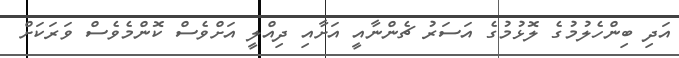
އަދި ބިންހެލުމުގެ ލޮޅުމުގެ އަސަރު ޗެންނާއީ އަށާއި ދިއްލީ އަށްވެސް ކޮންމެވެސް ވަރަކަށް